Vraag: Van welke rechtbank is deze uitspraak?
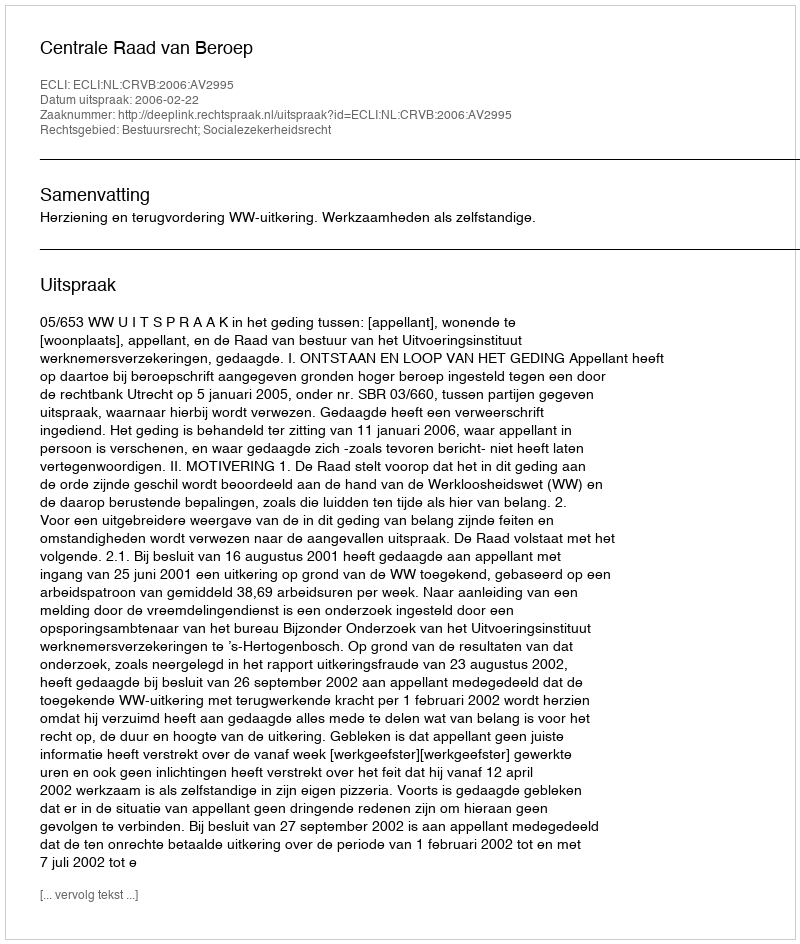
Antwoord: Centrale Raad van Beroep